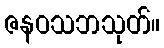
ဇနဝသဘသုတ်။